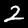
Label: 2